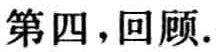
第四，回顾.